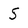
Character: S